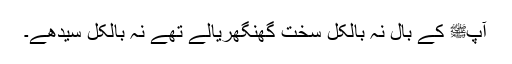
آپﷺ کے بال نہ بالکل سخت گھنگھریالے تھے نہ بالکل سیدھے۔